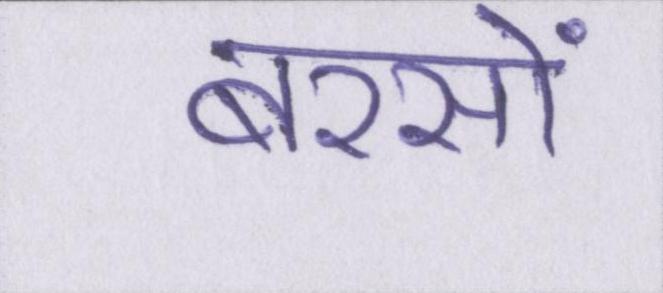
बरसों